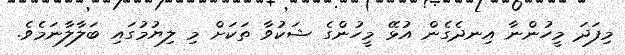
މިފަދަ މީހުންނާ އިނދެގެން އުޅޭ މީހުންގެ ޝަކުވާ ތަކަށް މި ލިޔުމުގައި ބަލާލާނަމެވެ.